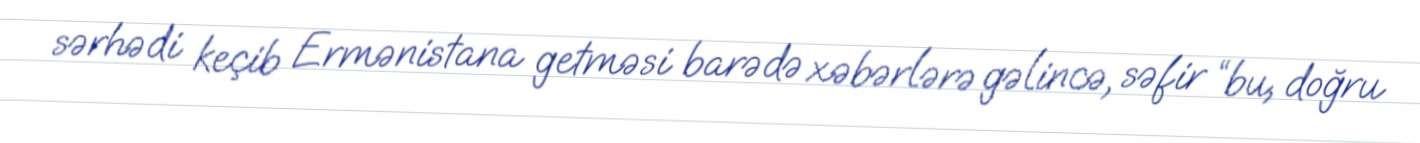
sərhədi keçib Ermənistana getməsi barədə xəbərlərə gəlincə, səfir “bu, doğru